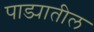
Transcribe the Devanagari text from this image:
पाड्यातील